Report on the bubonic plague in Bombay, 1896-1897
Year: 1896
Disease focus: Plague
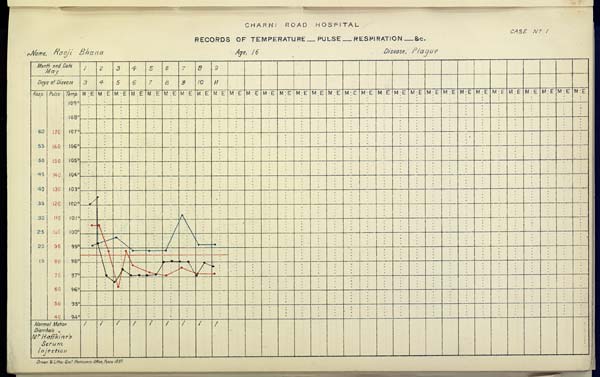
CHARNI
ROAD
HOSPITAL
CASE No. 1
RECORDS OF TEMPERATURE __ PULSE __ RESPIRATION __ &c.
Name,
Raoji
Bhana
Age,
16
Disease,
Plague
Drawn & Litho: Govt. Photozinco: Office, Poona 1897.